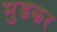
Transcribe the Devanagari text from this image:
मुडकर